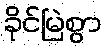
ခိုင်မြဲစွာ